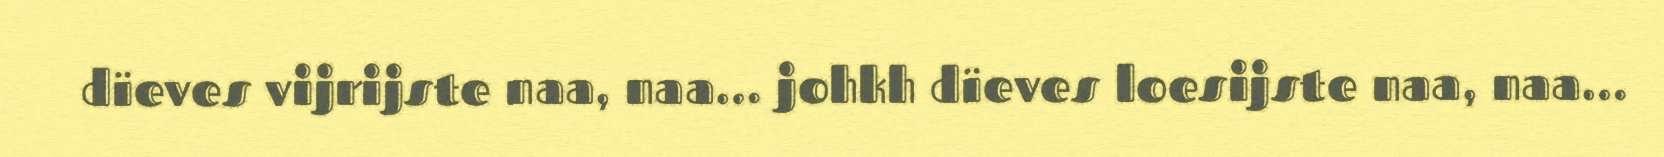
dïeves vijrijste naa, naa… johkh dïeves loesijste naa, naa…